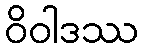
ဝိဝါဒဿ